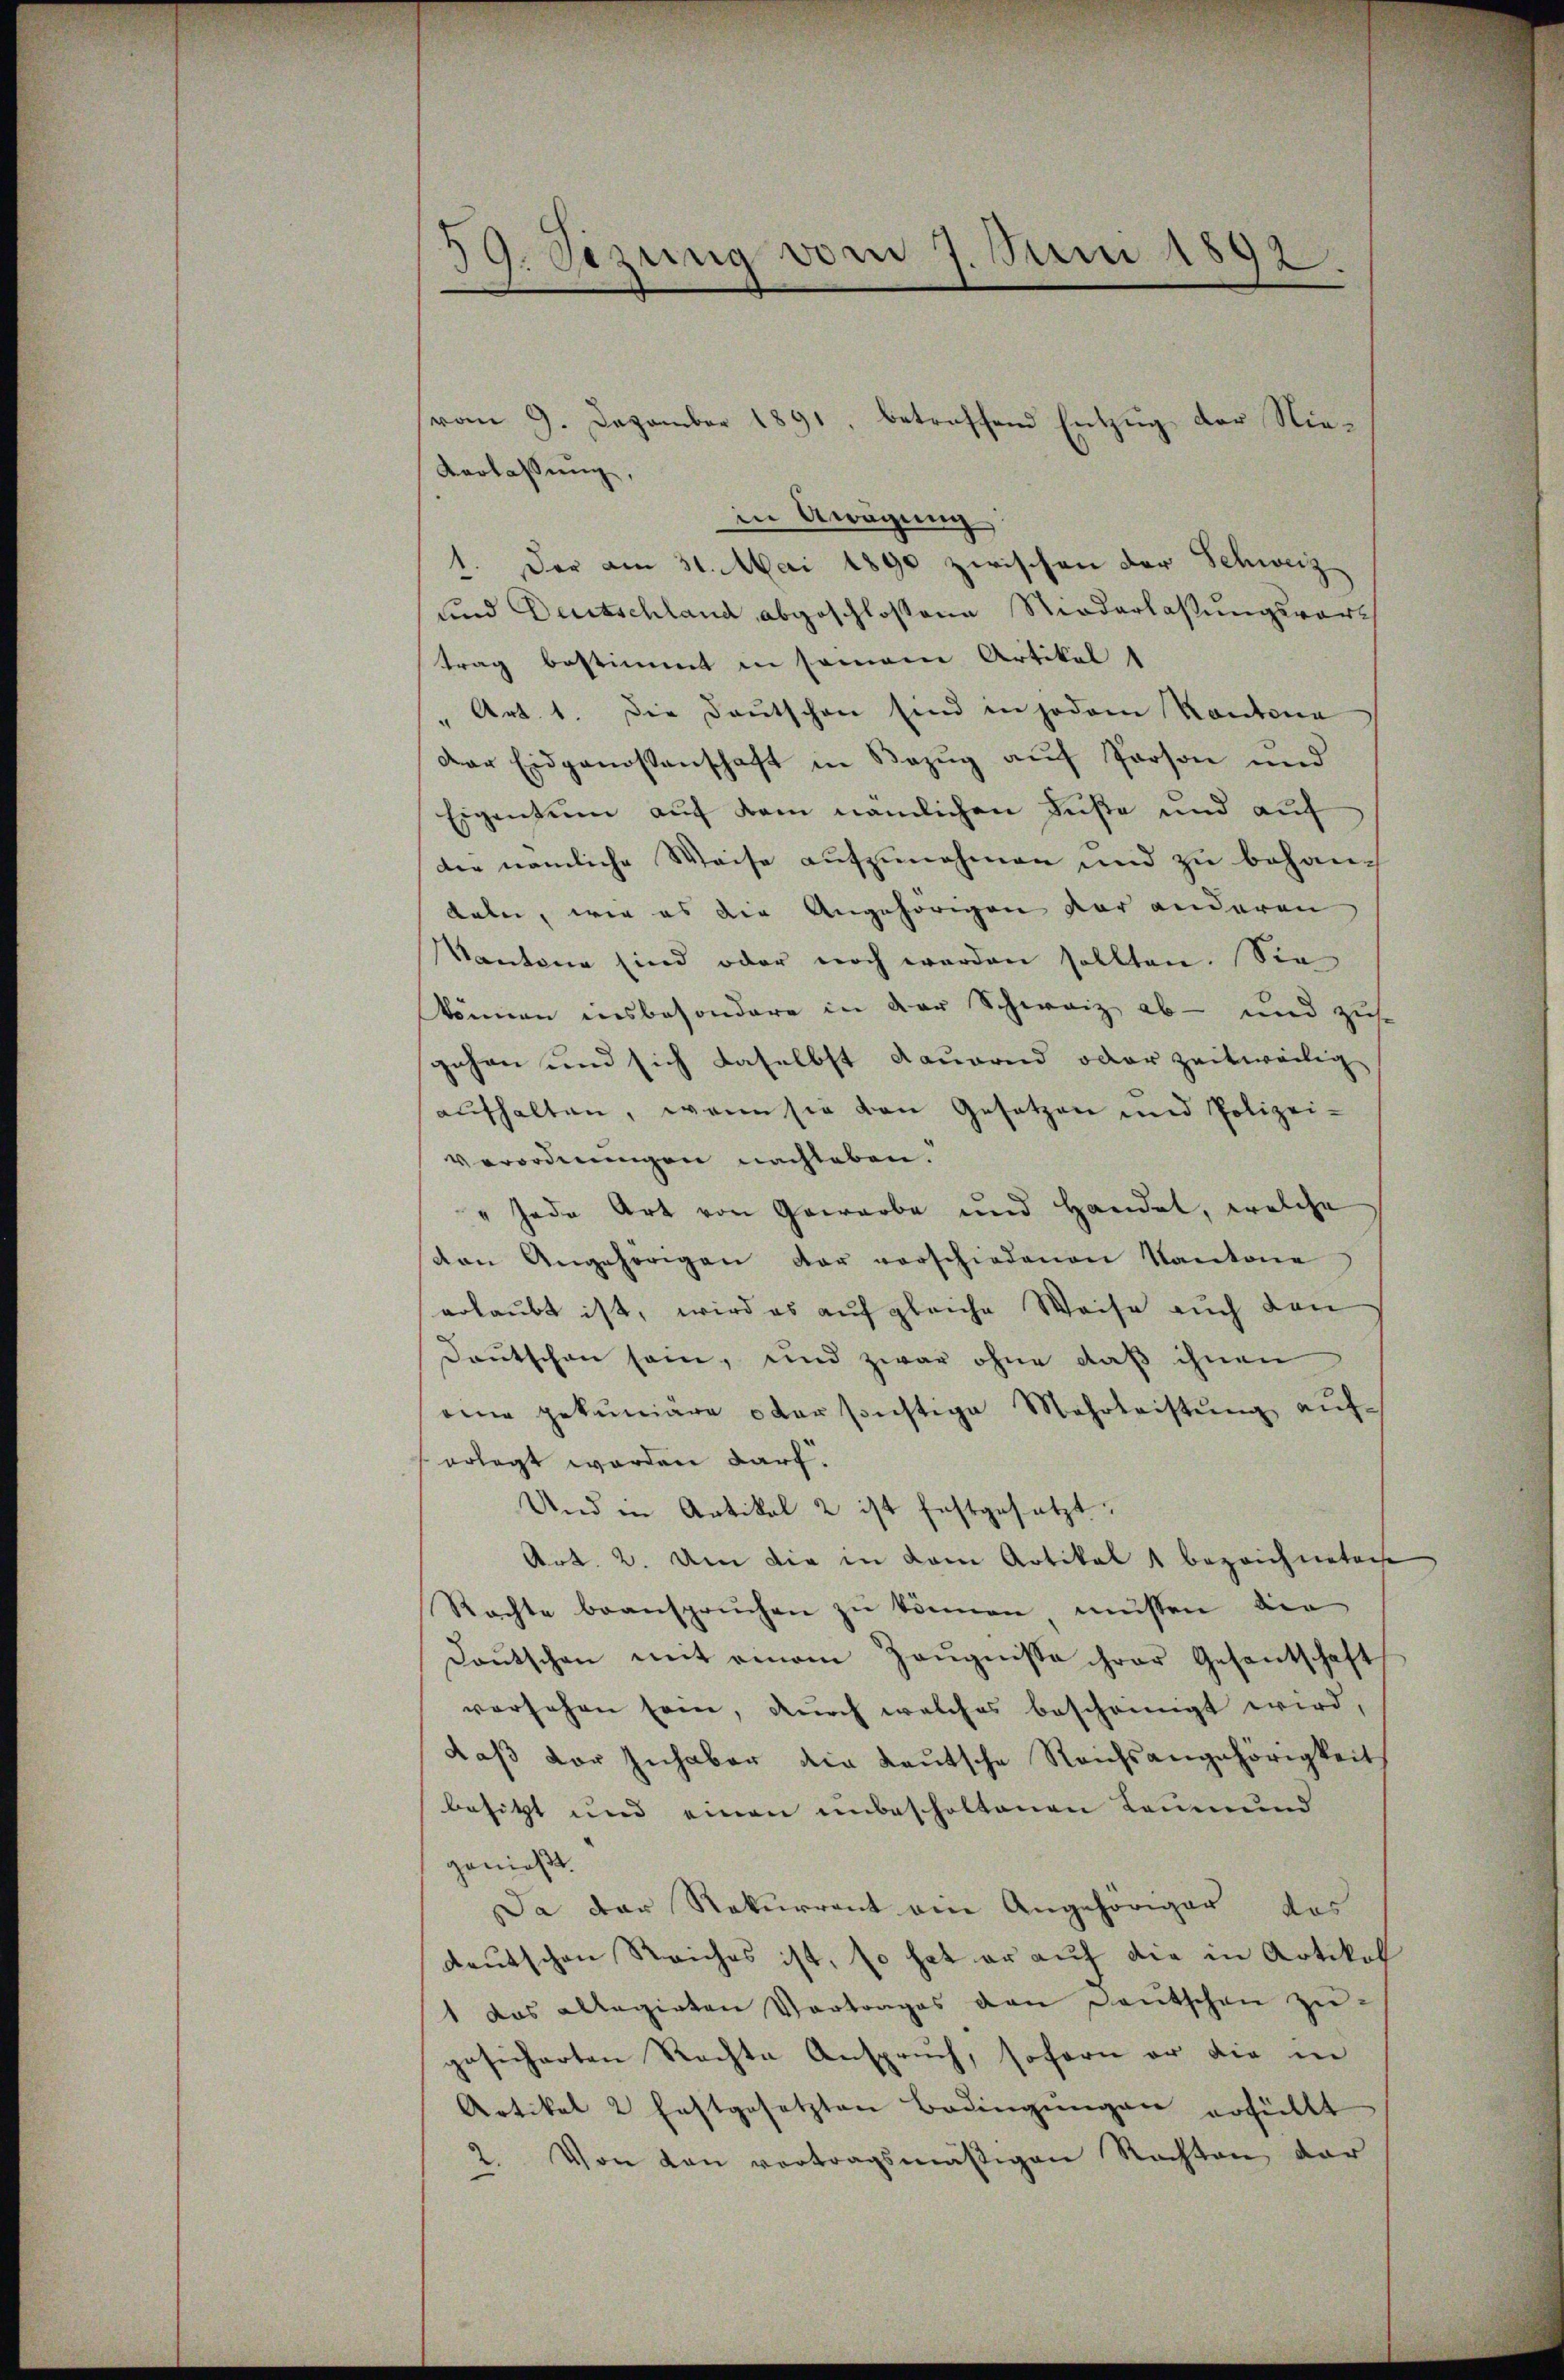
59. Sizung vom 7. Juni 1892.

Verlassung,
in Aragung
1. Der am 31. Mai 1890 zwischen der Schweiz
und Deutschland abgeschlossene Niederlassungsvortrag bestimmt in seinem Artikel 1
Art. 1. Die Deutschen sind in jedem Kantona
der Eidgenossenschaft in Bezug auf Person und
Eigentum auf dem nämlichen Füße und auf
die nämliche Weise aufzunehmen und zu behandabei, wie es die Angehörigen der anderen
Kantone sind oder noch werden sollten. Sie
können insbesondere in der Schweiz ab- und zu
gehen und sich daselbst dauernd oder zeitweilig
aufhalten, wenn sie von Gesetzen und Polizei-
verordnungen nachleben.
" Jede Art von Gewarbe und Handel, welche
den Angehörigen der vorschiedenen Kantone
erlaubt ist, wird es auf gleiche Weise auch den
Deutschen sei, und zwar ohne daß ihnen
eine gekuniäre oder sonstige Mehrleistŭng aŭf-
erlegt worden darf.
Und in Artikal 2 ist festgesetzt.
Art. 2. Um die in dem Artikel 1 bezeichneten
Rachte beansprüchen zŭ können müssen die
Daŭtschen mit einem Zeŭgnisse ihrer Gesantschaft
versehen sein, durch welches bescheinigt wird,
daß vor Inhaber die Leutsche Reichsangehörigkeit
besitzt und einen unbescholtenen Leumund
genießt.
Da der Rekurrent ein Angehöriger das
deutschen Reiches ist, so hat er auf die in Artikel
1 das allegirten Vortrages den Deutschen zŭ-
gesicherten Rechte Anspruch, sofern er die in
Artikel 2 festgesetzten Bedingŭngen erfüllt
2. Von den vortragsmäßigen Rechten, der

vom 9. Dezember 1891, betreffend Entzŭg der Nie¬